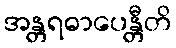
အန္တရဓာပေန္တီတိ